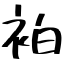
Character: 袙